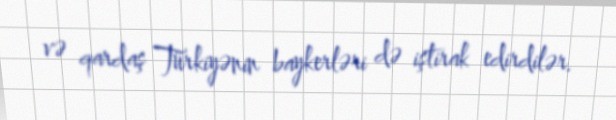
və qardaş Türkiyənin baykerləri də iştirak edirdilər.